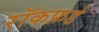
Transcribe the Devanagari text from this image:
रॉकफ़र्ड